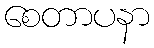
စေတာပနာ